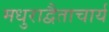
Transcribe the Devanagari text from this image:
मधुराद्वैताचार्य